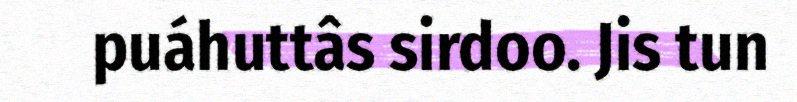
puáhuttâs sirdoo. Jis tun